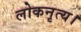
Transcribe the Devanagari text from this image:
लोकनृत्य।